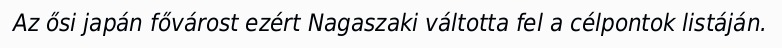
Az ősi japán fővárost ezért Nagaszaki váltotta fel a célpontok listáján.